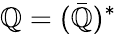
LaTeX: \mathbb{Q}=(\bar{{\mathbb{Q}}})^{*}